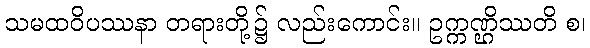
သမထဝိပဿနာ တရားတို့၌ လည်းကောင်း။ ဥက္ကဏ္ဌိဿတိ စ၊